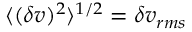
\langle ( \delta v ) ^ { 2 } \rangle ^ { 1 / 2 } = \delta v _ { r m s }